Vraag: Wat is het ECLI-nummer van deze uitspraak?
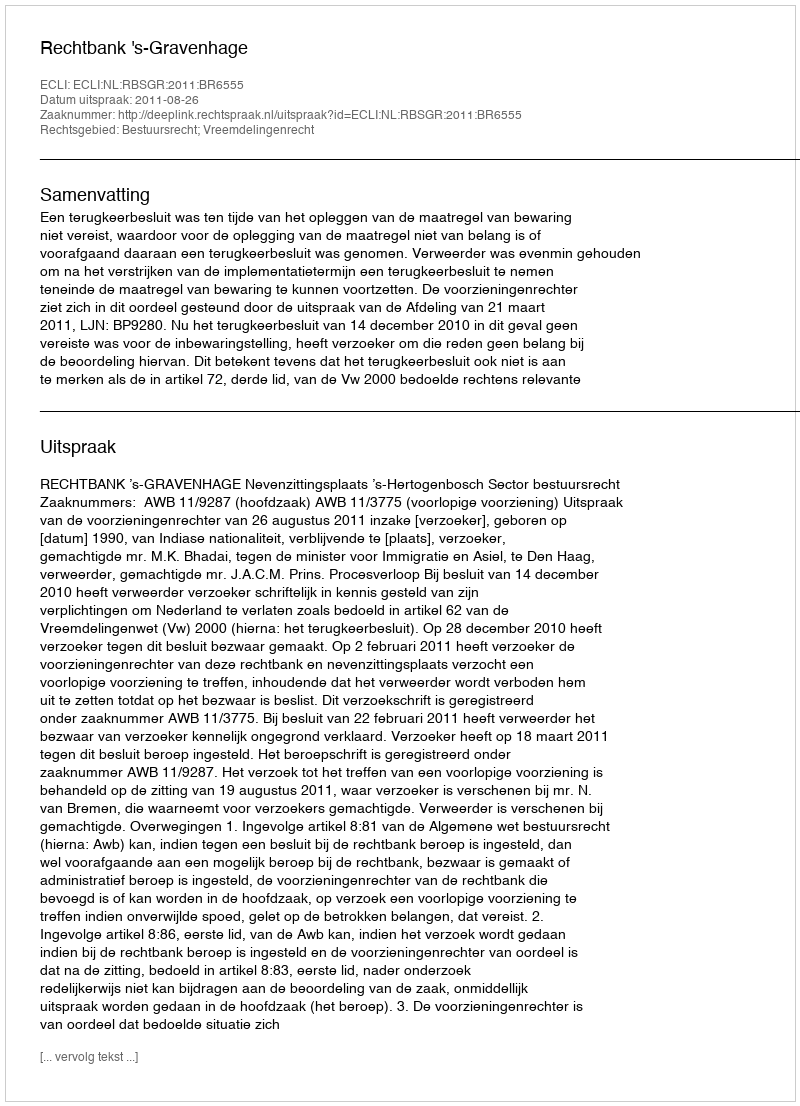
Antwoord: ECLI:NL:RBSGR:2011:BR6555